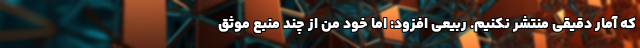
که آمار دقیقی منتشر نکنیم. ربیعی افزود: اما خود من از چند منبع موثق